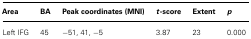
<table><thead><tr><td><b>Area</b></td><td><b>BA</b></td><td><b>Peak coordinates (MNI)</b></td><td><b><i>t</i>-score</b></td><td><b>Extent</b></td><td><b><i>p</i></b></td></tr></thead><tbody><tr><td>Left IFG</td><td>45</td><td>-51, 41, -5</td><td>3.87</td><td>23</td><td>0.000</td></tr></tbody></table>